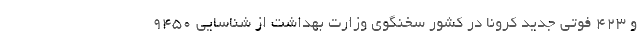
و ۴۲۳ فوتی جدید کرونا در کشور سخنگوی وزارت بهداشت از شناسایی ۹۴۵۰